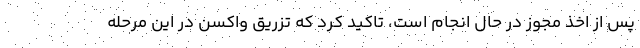
پس از اخذ مجوز در حال انجام است، تاکید کرد که تزریق واکسن در این مرحله